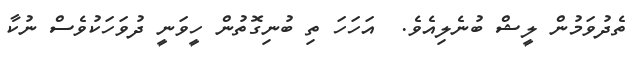
ތެދުވަމުން ލީޝް ބުނެލިއެވެ.  އަހަހަ ތި ބުނިގޮތުން ހީވަނީ ދުވަހަކުވެސް ނުކާ